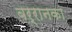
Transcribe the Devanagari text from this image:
बर्रानका